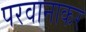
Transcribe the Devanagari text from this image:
परवानाकर